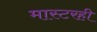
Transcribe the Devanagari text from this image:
मास्टरही